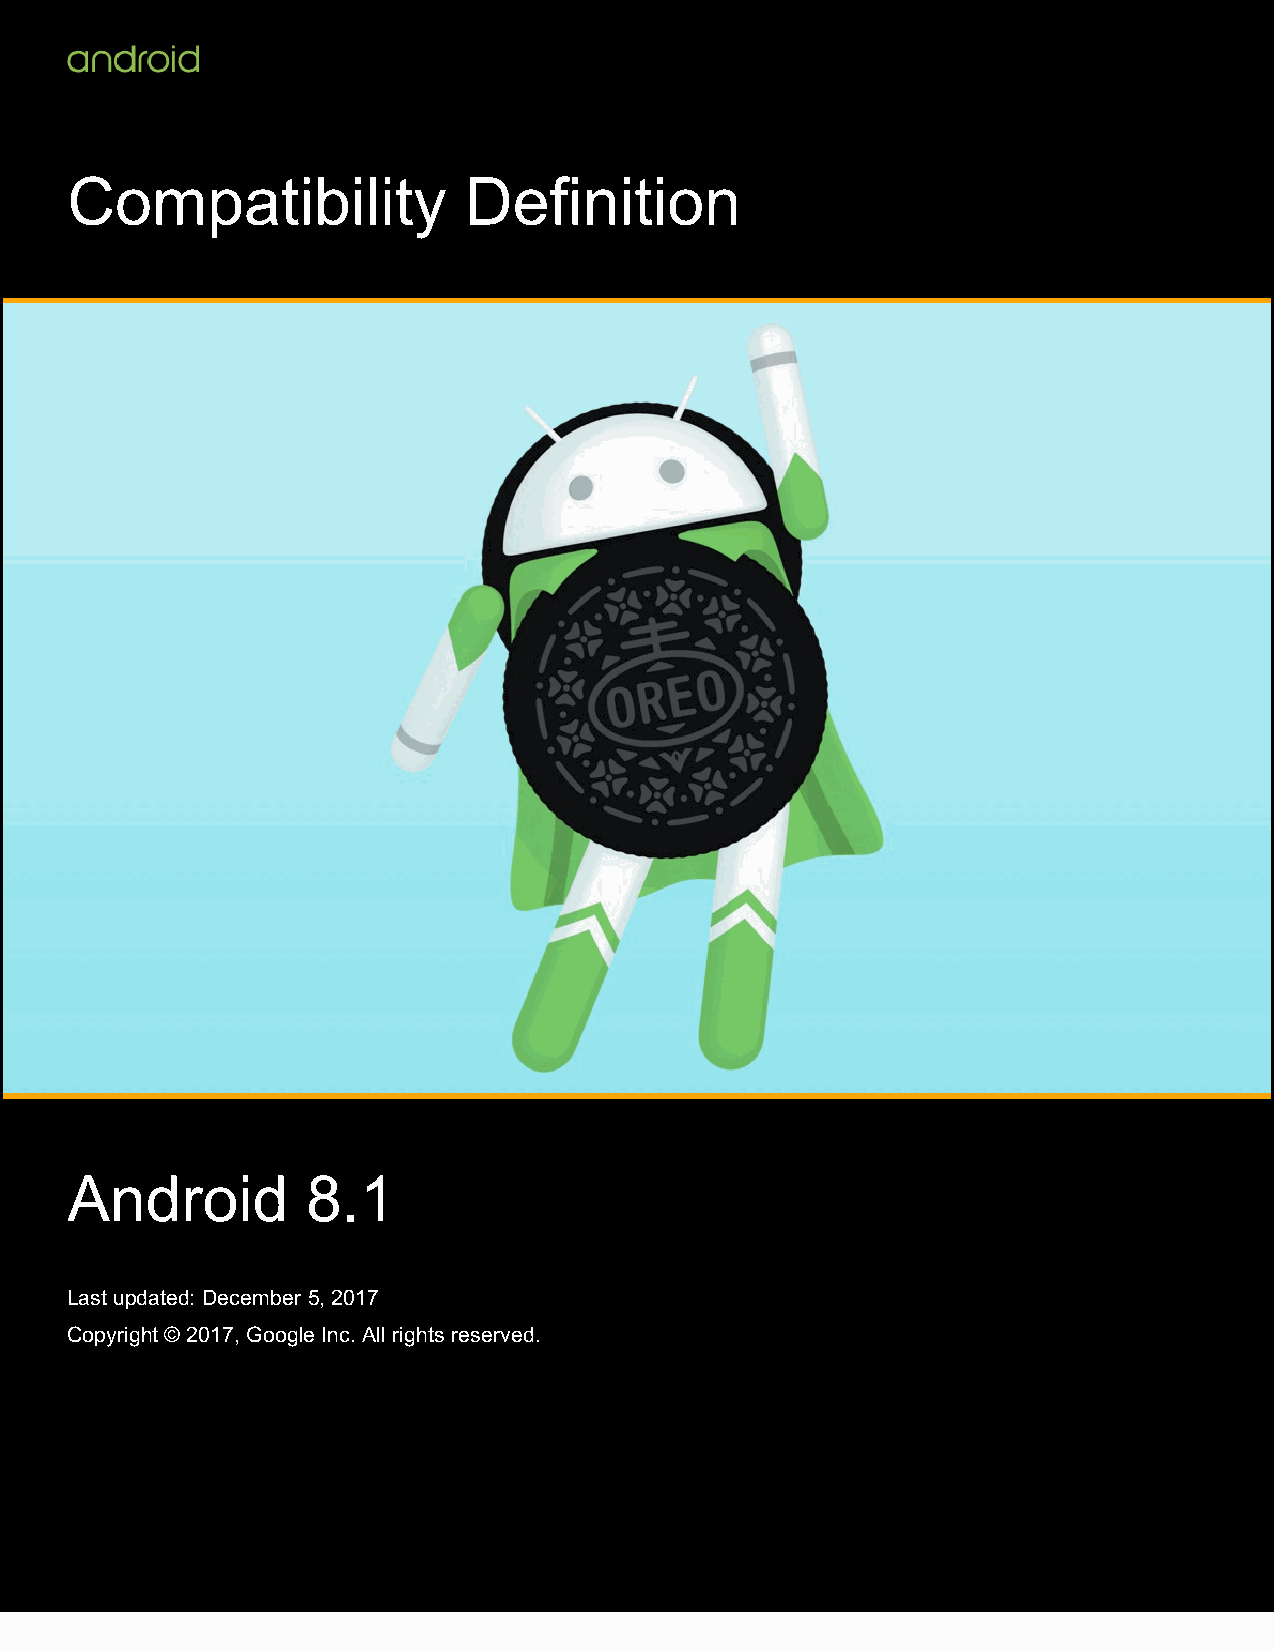
Compatibility              Definition
 Android         8.1
 Last updated: December 5, 2017
 Copyright © 2017, Google Inc. All rights reserved.